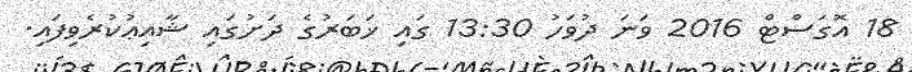
18 އޮގަސްޓް 2016 ވަނަ ދުވަހު 13:30 ގައި ޚަބަރުގެ ދަށުގައި ޝާއިޢުކުރެވިފައި.